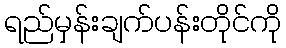
ရည်မှန်းချက်ပန်းတိုင်ကို